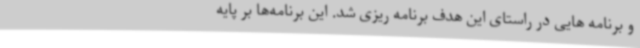
و برنامه هایی در راستای این هدف برنامه ریزی شد. این برنامه‌ها بر پایه